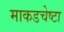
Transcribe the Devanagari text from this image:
माकडचेष्टा